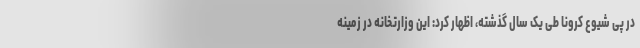
در پی شیوع کرونا طی یک سال گذشته، اظهار کرد: این وزارتخانه در زمینه